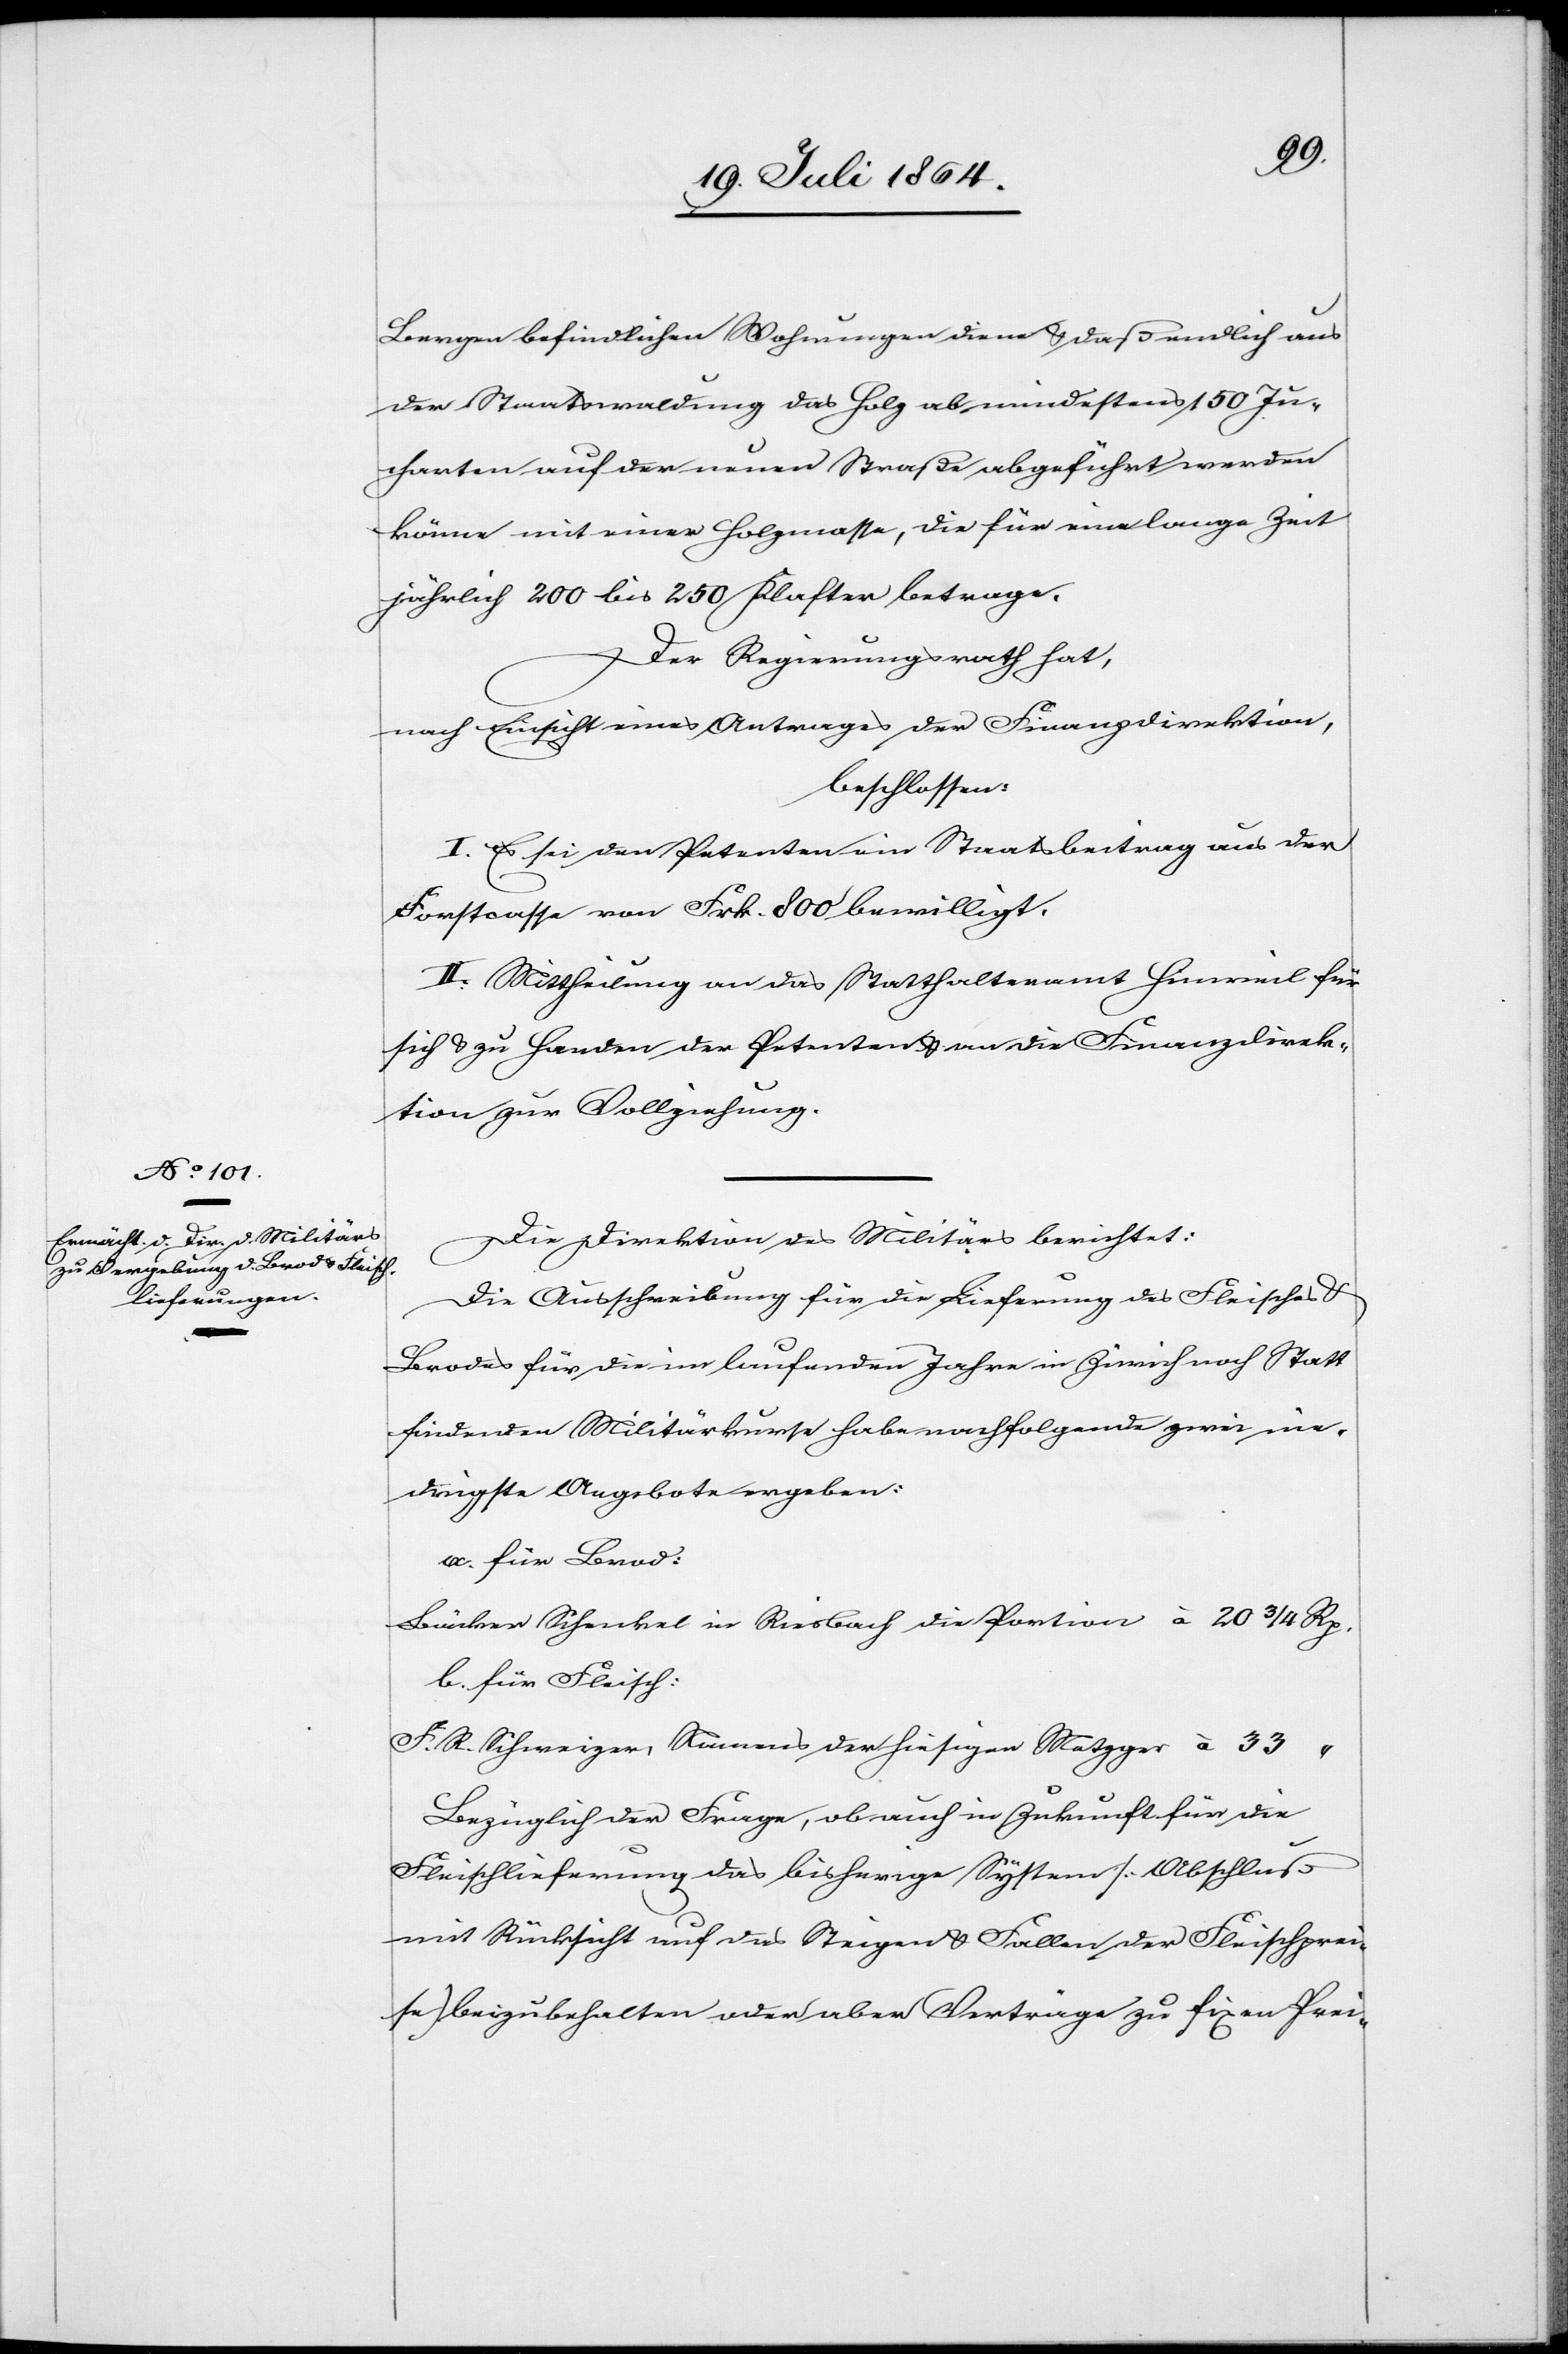
Bergen befindlichen Wohnungen diene u. daß endlich aus
der Staatswaldung das Holz ab mindestens 150 Ju¬
charten auf der neuen Straße abgeführt werden
könne mit einer Holzmasse, die für eine lange Zeit
jährlich 200 bis 250 Klaster betrage.
Der Regierungsrath hat,
nach Einsicht eines Antrages der Finanzdirektion,
beschlossen:
I. Es sei den Petenten ein Staatsbeitrag aus der
Forstcasse von Frk. 800 bewilligt.
II. Mittheilung an das Statthalteramt Hinweil für
sich u. zu Handen der Petenten u. an die Finanzdirek¬
tion zur Vollziehung.
Die Direktion des Militärs berichtet:
Die Ausschreibung für die Lieferung des Fleisches u.
Brodes für die im laufenden Jahre in Zürich noch Statt
findenden Militärkurse habe nachfolgende zwei nie¬
drigste Angebote ergeben:
a. für Brod:
Bäcker Schenkel in Riesbach die Portion à		20 3/4 Rp.
b. für Fleisch:
F. R. Schweizer, Namens der hiesigen Metzger à	33 “
Bezüglich der Frage, ob auch in Zukunft für die
Fleischlieferung das bisherige System [Abschluß
mit Rücksicht auf das Steigen u. Fallen der Fleischprei¬
se] beizubehalten oder aber Verträge zu fixen Prei-